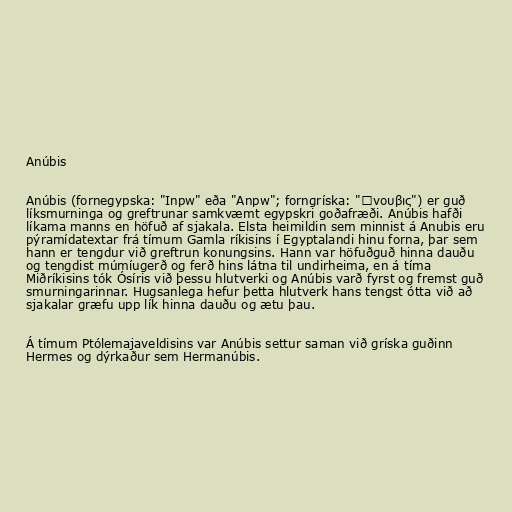
Anúbis

Anúbis (fornegypska: "Inpw" eða "Anpw"; forngríska: "Ἄνουβις") er guð
líksmurninga og greftrunar samkvæmt egypskri goðafræði. Anúbis hafði
líkama manns en höfuð af sjakala. Elsta heimildin sem minnist á Anubis eru
pýramídatextar frá tímum Gamla ríkisins í Egyptalandi hinu forna, þar sem
hann er tengdur við greftrun konungsins. Hann var höfuðguð hinna dauðu
og tengdist múmíugerð og ferð hins látna til undirheima, en á tíma
Miðríkisins tók Ósíris við þessu hlutverki og Anúbis varð fyrst og fremst guð
smurningarinnar. Hugsanlega hefur þetta hlutverk hans tengst ótta við að
sjakalar græfu upp lík hinna dauðu og ætu þau.

Á tímum Ptólemajaveldisins var Anúbis settur saman við gríska guðinn
Hermes og dýrkaður sem Hermanúbis.